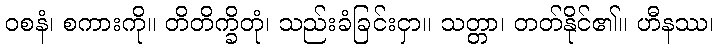
ဝစနံ၊ စကားကို။ တိတိက္ခိတုံ၊ သည်းခံခြင်းငှာ။ သတ္တာ၊ တတ်နိုင်၏။ ဟီနဿ၊